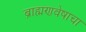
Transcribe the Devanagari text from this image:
ब्राह्मणवेषाचा